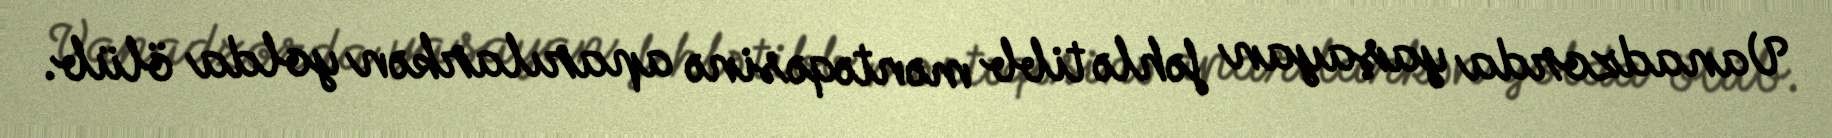
Vanadzorda yaşayan fəhlə tibb məntəqəsinə aparılarkən yolda ölüb.